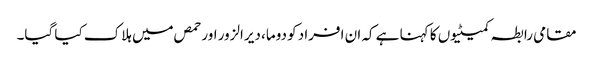
مقامی رابطہ کمیٹیوں کا کہنا ہے کہ ان افراد کو دوما، دیرالزور اور حمص میں ہلاک کیا گیا۔